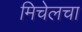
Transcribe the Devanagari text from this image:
मिचेलचा